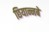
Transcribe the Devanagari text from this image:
छियान्नबे